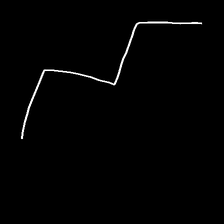
Glyph: crush